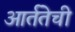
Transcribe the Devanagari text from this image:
आर्ततेची